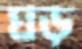
ঘড়